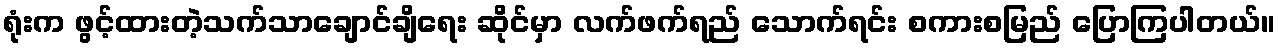
ရုံးက ဖွင့်ထားတဲ့သက်သာချောင်ချိရေး ဆိုင်မှာ လက်ဖက်ရည် သောက်ရင်း စကားစမြည် ပြောကြပါတယ်။